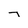
Character: 7